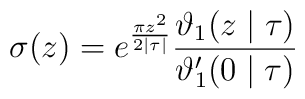
\sigma (z)=e^{\frac {\pi z^2}{2|\tau|}}\frac {\vartheta _1(z\mid \tau)}{\vartheta'_1(0\mid \tau)}